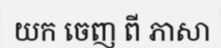
យក ចេញ ពី ភាសា